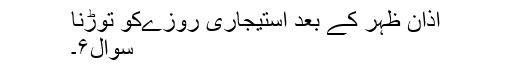
اذان ظہر کے بعد استیجاری روزےکو توڑنا
سوال۶۔